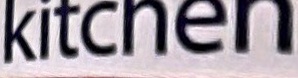
kitchen